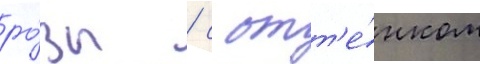
ро́зы / с отт'е́нком